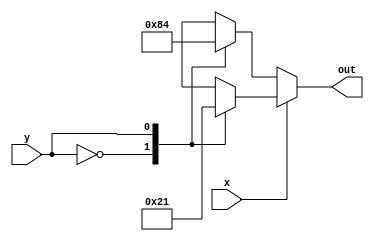
module q2(x,y,out);

input x,y;
output reg [3:0] out; 

    always @(x,y)
    begin
        if(x==0)
        begin
        case(y)
            0:out=4'b1000;
            1:out=4'b0100;
            endcase
        end
        else
        begin
        case(y)
            0:out=4'b0010;
            1:out=4'b0001;
            endcase
        end
        
    end
    
endmodule